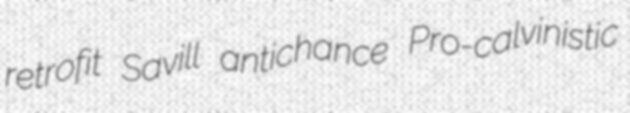
retrofit Savill antichance Pro-calvinistic